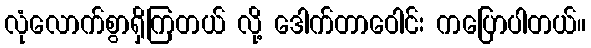
လုံလောက်စွာရှိကြတယ် လို့ ဒေါက်တာဝေါင်း ကပြောပါတယ်။